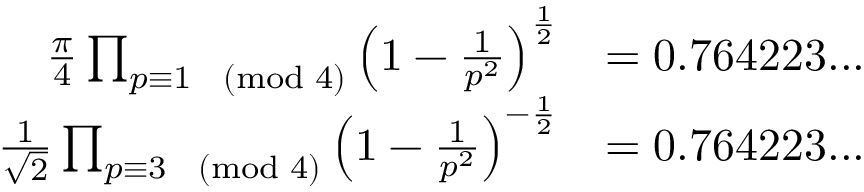
{ \begin{array} { r l } { { \frac { \pi } { 4 } } \prod _ { p \equiv 1 { \pmod { 4 } } } \left( 1 - { \frac { 1 } { p ^ { 2 } } } \right) ^ { \frac { 1 } { 2 } } } & { = 0 . 7 6 4 2 2 3 . . . } \\ { { \frac { 1 } { \sqrt { 2 } } } \prod _ { p \equiv 3 { \pmod { 4 } } } \left( 1 - { \frac { 1 } { p ^ { 2 } } } \right) ^ { - { \frac { 1 } { 2 } } } } & { = 0 . 7 6 4 2 2 3 . . . } \end{array} }